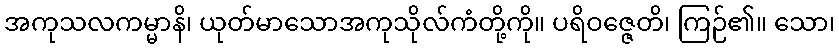
အကုသလကမ္မာနိ၊ ယုတ်မာသောအကုသိုလ်ကံတို့ကို။ ပရိဝဇ္ဇေတိ၊ ကြဉ်၏။ သော၊